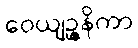
ဝေယျဉ္ဇနိကာ